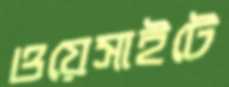
ওয়েসাইটে